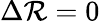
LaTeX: \Delta\mathcal{R}=0